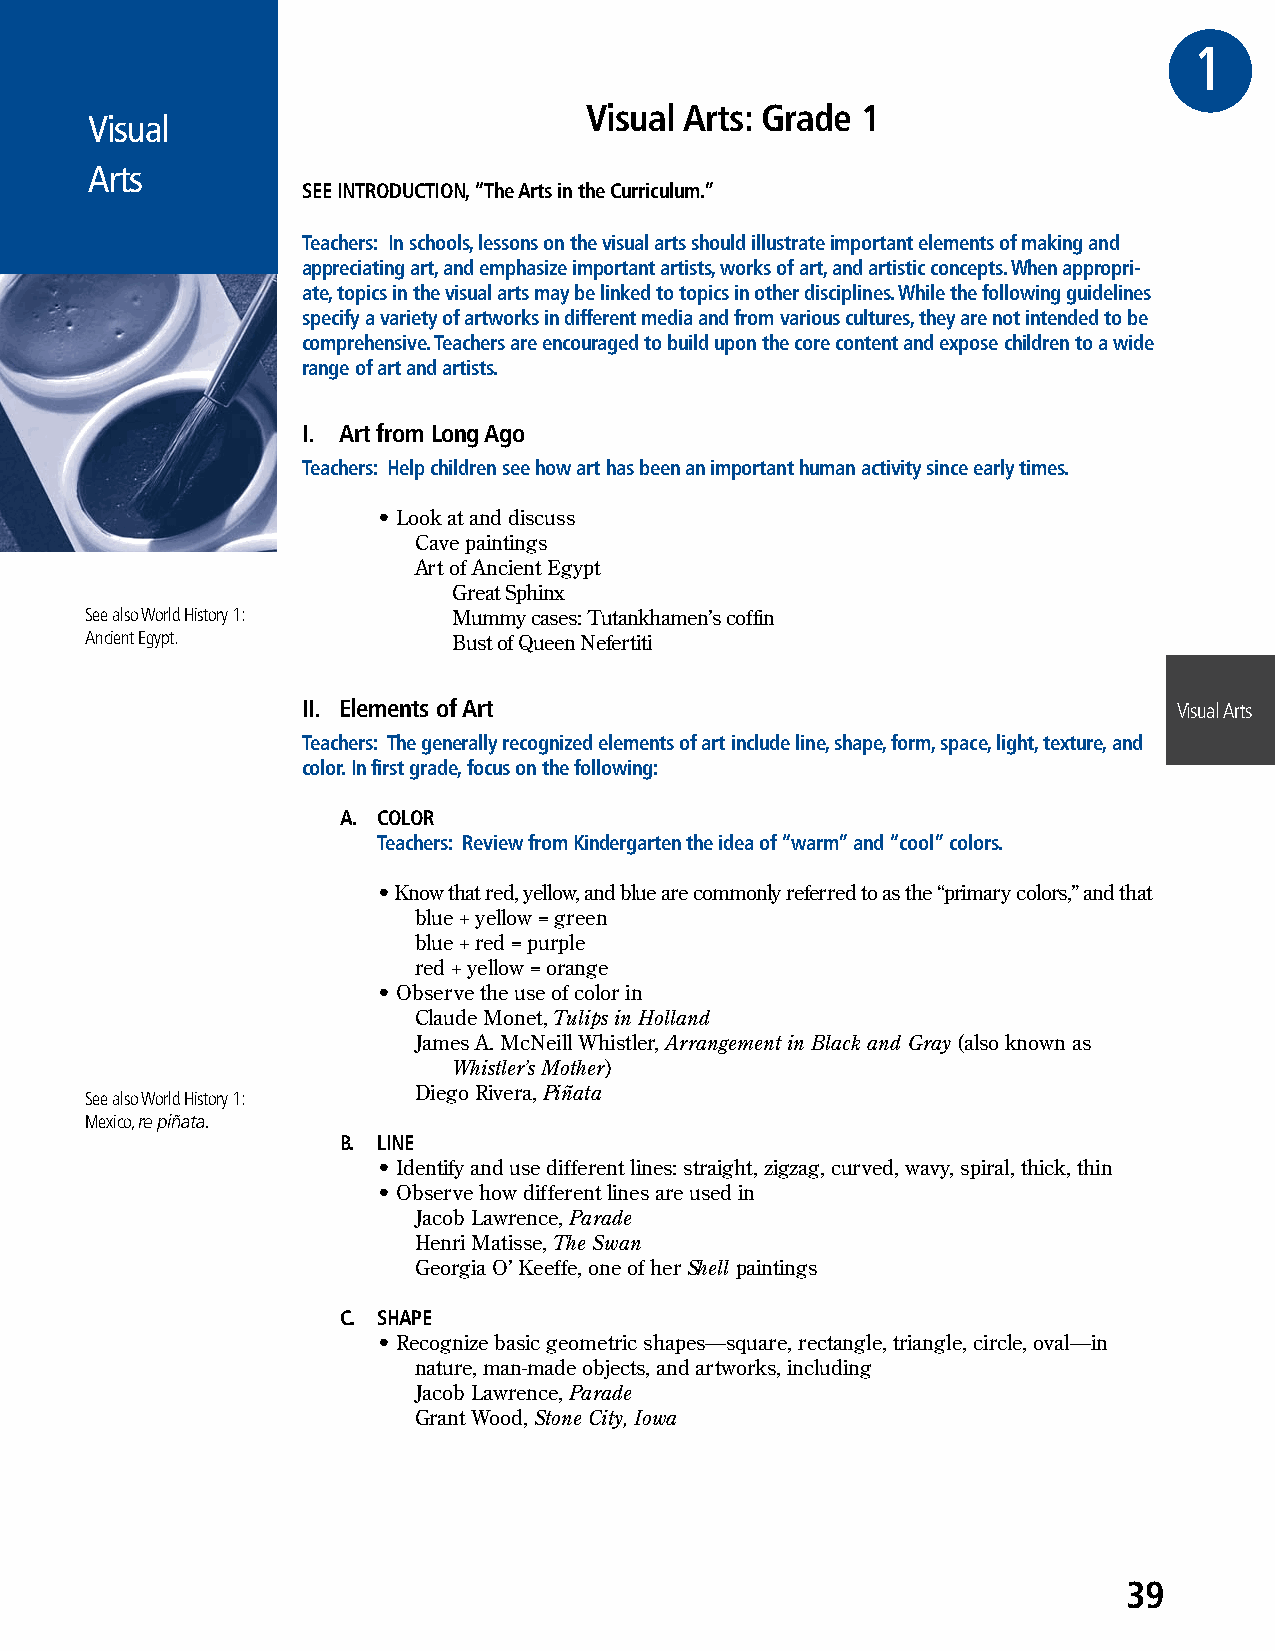
1GRE
 Visual Arts: Grade 1
 Visual
 Arts
 SEE INTRODUCTION, “The Arts in the Curriculum.”
 Teachers: In schools, lessons on the visual arts should illustrate important elements of making and
 appreciating art, and emphasize important artists, works of art, and artistic concepts. When appropri-
 ate, topics in the visual arts may be linked to topics in other disciplines. While the following guidelines
 specify a variety of artworks in different media and from various cultures, they are not intended to be
 comprehensive. Teachers are encouraged to build upon the core content and expose children to a wide
 range of art and artists.
 I. Art from Long Ago
 Teachers: Help children see how art has been an important human activity since early times.
 • Look at and discuss
 Cave paintings
 Art of Ancient Egypt
 Great Sphinx
 See also World History 1: Mummy cases: Tutankhamen’s coffin
 Ancient Egypt.          Bust of Queen Nefertiti
 II. Elements of Art                                       Visual Arts
 Teachers: The generally recognized elements of art include line, shape, form, space, light, texture, and
 color. In first grade, focus on the following:
 A. COLOR
 Teachers: Review from Kindergarten the idea of “warm” and “cool” colors.
 • Know that red, yellow, and blue are commonly referred to as the “primary colors,” and that
 blue + yellow = green
 blue + red = purple
 red + yellow = orange
 • Observe the use of color in
 Claude Monet, Tulips in Holland
 James A. McNeill Whistler, Arrangement in Black and Gray (also known as
 Whistler’s Mother)
 Diego Rivera, Piñata
 See also World History 1:
 Mexico, re piñata.
 B. LINE
 • Identify and use different lines: straight, zigzag, curved, wavy, spiral, thick, thin
 • Observe how different lines are used in
 Jacob Lawrence, Parade
 Henri Matisse, The Swan
 Georgia O’ Keeffe, one of her Shell paintings
 C. SHAPE
 • Recognize basic geometric shapes—square, rectangle, triangle, circle, oval—in
 nature, man-made objects, and artworks, including
 Jacob Lawrence, Parade
 Grant Wood, Stone City, Iowa
 39